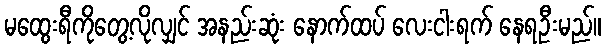
မထွေးရီကိုတွေ့လိုလျှင် အနည်းဆုံး နောက်ထပ် လေးငါးရက် နေရဦးမည်။